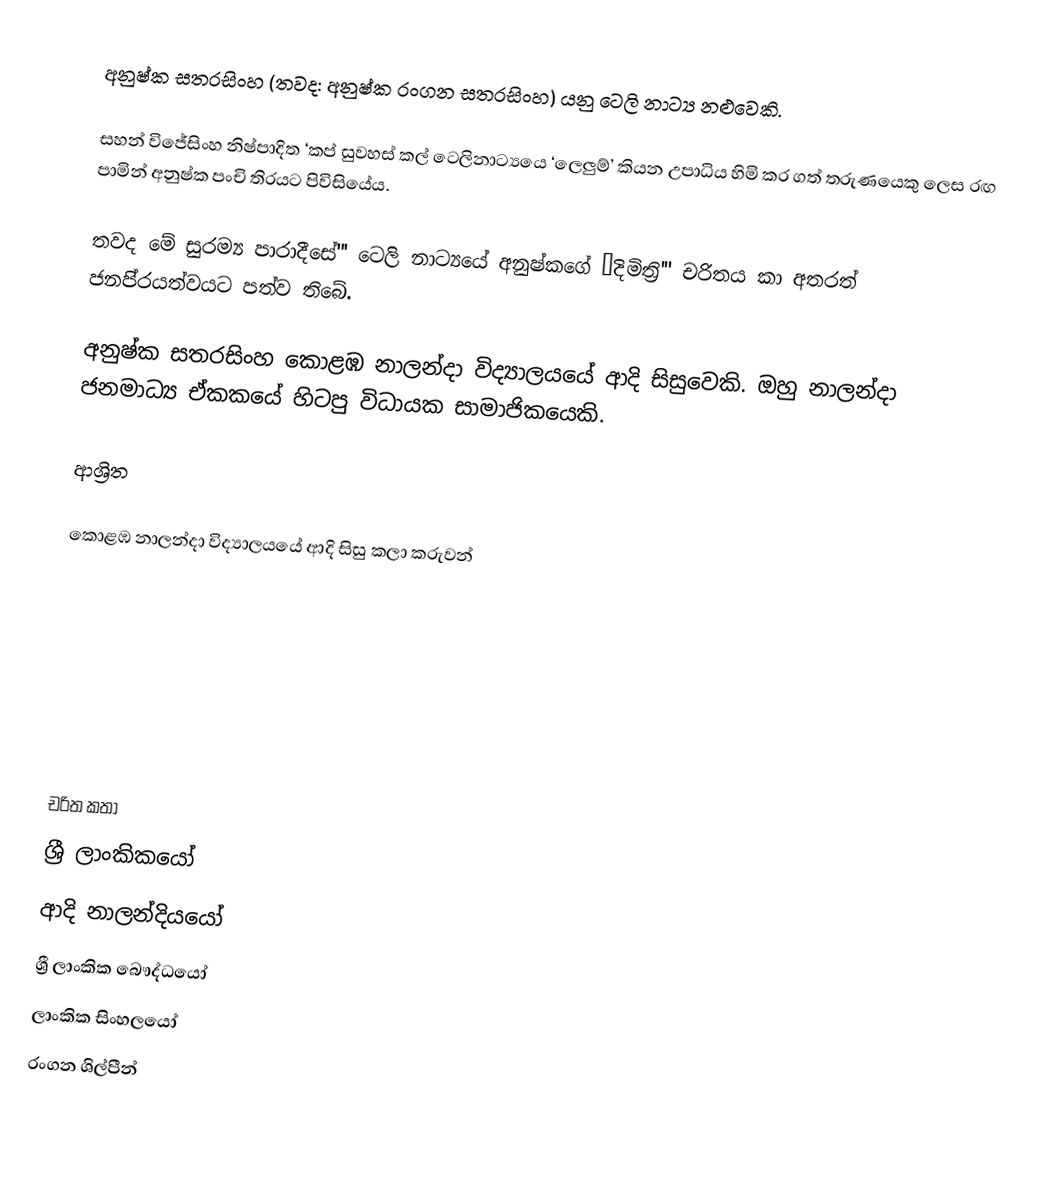
අනුෂ්ක සතරසිංහ  (තවද: අනුෂ්ක රංගන සතරසිංහ) යනු  ටෙලි නාට්‍ය නළුවෙකි.

සහන් විජේසිංහ නිෂ්පාදිත ‘කප් සුවහස් කල් ටෙලිනාට්‍යයෙ ‘ලෙලුම්’ කියන උපාධිය හිමි කර ගත් තරුණයෙකු ලෙස රඟ පාමින් අනුෂ්ක පංචි තිරයට පිවිසියේය.

තවද මේ සුරම්‍ය පාරාදීසේ''' ටෙලි නාට්‍යයේ අනුෂ්කගේ ‘දිමිත්‍රි''' චරිතය කා අතරත් ජනපි‍්‍රයත්වයට පත්ව තිබේ.

අනුෂ්ක සතරසිංහ  කොළඹ නාලන්දා විද්‍යාලයයේ ආදි සිසුවෙකි. ඔහු නාලන්දා ජනමාධ්‍ය ඒකකයේ හිටපු විධායක සාමාජිකයෙකි.

ආශ්‍රිත

 කොළඹ නාලන්දා විද්‍යාලයයේ ආදි සිසු කලා කරුවන්

චරිත කතා
ශ්‍රී ලාංකිකයෝ
ආදි නාලන්දියයෝ
ශ්‍රී ලාංකික බෞද්ධයෝ
ලාංකික සිංහලයෝ
රංගන ශිල්පීන්